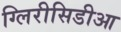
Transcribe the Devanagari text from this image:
ग्लिरीसिडीआ